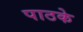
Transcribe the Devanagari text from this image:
पाठके